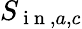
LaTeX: S_{\mathrm{~i~n~},a,c}